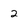
Character: 2